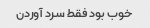
خوب بود فقط سرد آوردن